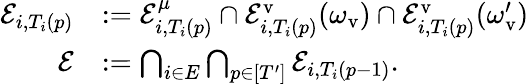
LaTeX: \begin{array}{rl}{\mathcal{E}_{i,T_{i}(p)}}&{:=\mathcal{E}_{i,T_{i}(p)}^{\mu}\cap\mathcal{E}_{i,T_{i}(p)}^{\mathrm{v}}(\omega_{\mathrm{v}})\cap\mathcal{E}_{i,T_{i}(p)}^{\mathrm{v}}(\omega_{\mathrm{v}}^{\prime})}\\ {\mathcal{E}}&{:=\bigcap_{i\in E}\bigcap_{p\in[T^{\prime}]}\mathcal{E}_{i,T_{i}(p-1)}.}\end{array}